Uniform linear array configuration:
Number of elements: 32
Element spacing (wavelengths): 1
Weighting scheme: kaiser
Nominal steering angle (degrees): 60
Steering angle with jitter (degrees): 58.907
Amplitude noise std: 0.05
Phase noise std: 0.05

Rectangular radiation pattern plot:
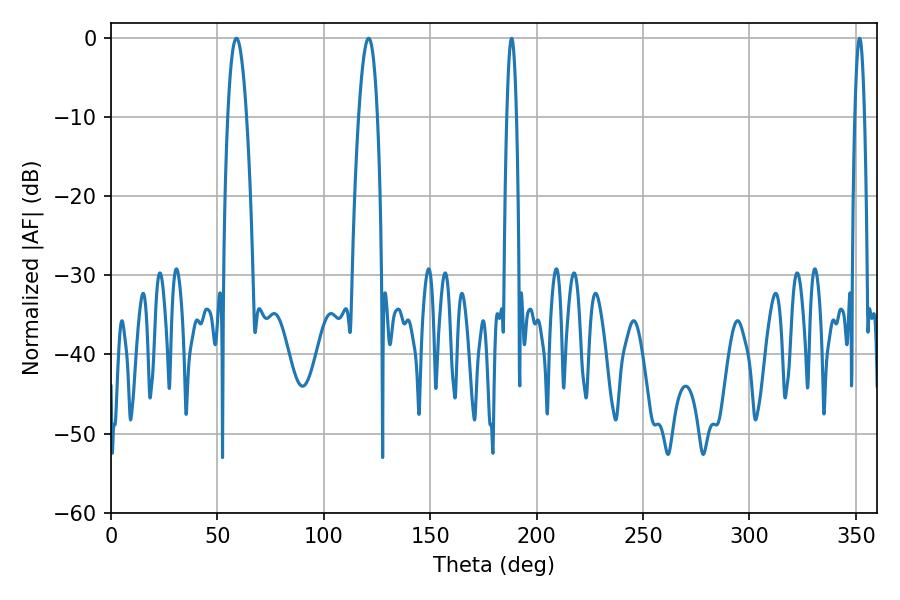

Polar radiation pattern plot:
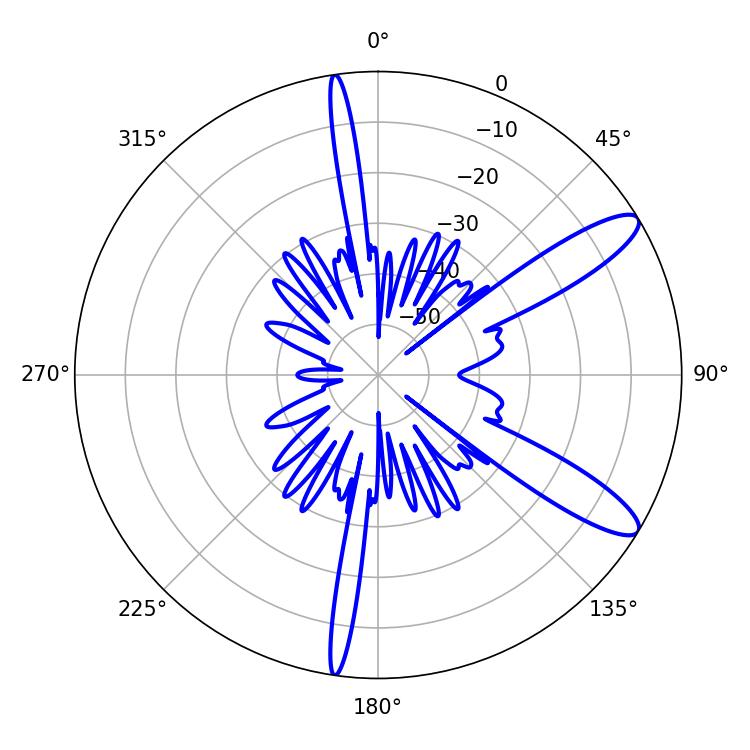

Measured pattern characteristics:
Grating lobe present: TRUE
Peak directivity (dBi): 11.423
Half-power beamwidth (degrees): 2.52
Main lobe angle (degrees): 188.28